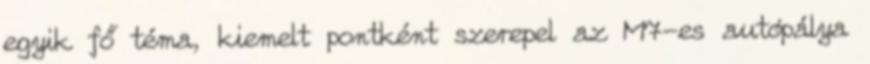
egyik fő téma, kiemelt pontként szerepel az M7-es autópálya